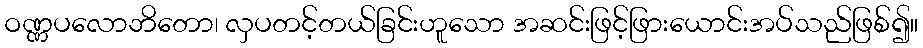
ဝဏ္ဏပလောဘိတော၊ လှပတင့်တယ်ခြင်းဟူသော အဆင်းဖြင့်ဖြားယောင်းအပ်သည်ဖြစ်၍။